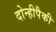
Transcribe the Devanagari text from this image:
दोन्हीपैकी